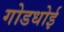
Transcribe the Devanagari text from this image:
गोडधोई